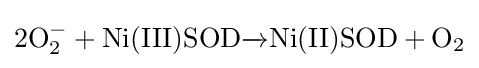
{\rm {2O_{2}^{-}+Ni(III)SOD{\xrightarrow {}}Ni(II)SOD+O_{2}}}